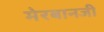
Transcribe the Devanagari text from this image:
मेरबानजी